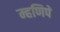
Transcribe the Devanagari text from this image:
म्हणिपे